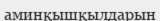
аминқышқылдарын